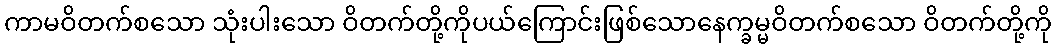
ကာမဝိတက်စသော သုံးပါးသော ဝိတက်တို့ကိုပယ်ကြောင်းဖြစ်သောနေက္ခမ္မဝိတက်စသော ဝိတက်တို့ကို